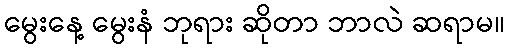
မွေးနေ့ မွေးနံ ဘုရား ဆိုတာ ဘာလဲ ဆရာမ။